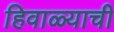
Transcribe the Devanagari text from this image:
हिवाळ्याची